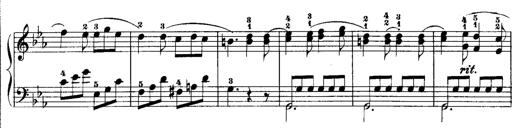
Title: Rondos and Sonatinas for Pianoforte
Composer: Daniel Steibelt